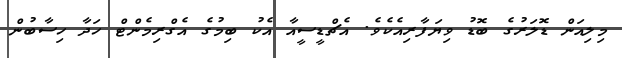
މިލިއަން ޑޮލަރުގެ ބޮޑު ވިޔަފާރިއެކެވެ. އެޗްޑީސީއާ އެކު ބިމުގެ އެގްރިމެންޓް ހަދާ ހިސާބުން